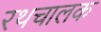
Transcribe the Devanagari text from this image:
रथचालक